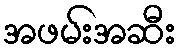
အဖမ်းအဆီး